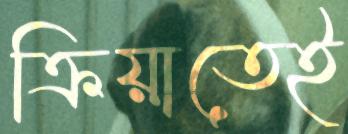
ক্রিয়াতেই